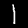
Label: 1